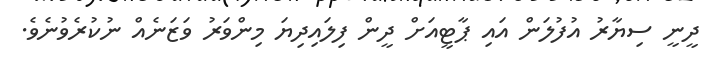
ދީނީ ސިޔާރު އުފުލަން އައި ޕާޓީއަށް ދީން ފިލައިދިޔަ މިންވަރު ވަޒަނެއް ނުކުރެވުނެވެ.